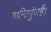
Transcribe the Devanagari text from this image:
शान्तिपुंजहैं।